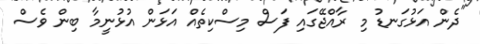
"ދެން އަޅުގަނޑު މި ރާއްޖޭގައި ފަސް މިސްކިތެއް އަޅަން އުޅުނީމާ ބިން ވެސް